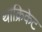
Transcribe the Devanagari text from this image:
थाक्रिकेट